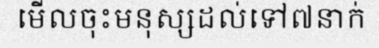
មើលចុះមនុស្សដល់ទៅ៧នាក់